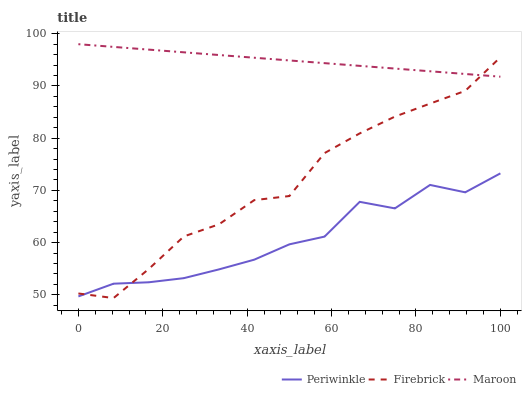
| xaxis_label | Periwinkle | Firebrick | Maroon |
 | --- | --- | --- | --- |
 | 0 | 49.7 | 50.2 | 98 |
 | 8.33 | 52.1 | 49.4 | 97.5 |
 | 16.7 | 52.4 | 54.9 | 97 |
 | 25 | 53.2 | 61.2 | 96.4 |
 | 33.3 | 54.9 | 63.5 | 95.9 |
 | 41.7 | 56.7 | 68.1 | 95.4 |
 | 50 | 59.7 | 68.9 | 94.9 |
 | 58.3 | 61.1 | 77.1 | 94.4 |
 | 66.7 | 67.8 | 80.9 | 93.9 |
 | 75 | 66.5 | 84.1 | 93.3 |
 | 83.3 | 71 | 86.6 | 92.8 |
 | 91.7 | 69.6 | 89.1 | 92.3 |
 | 100 | 73.3 | 95.5 | 91.8 |